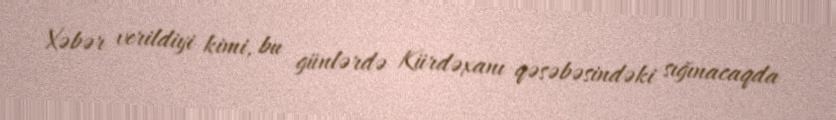
Xəbər verildiyi kimi, bu günlərdə Kürdəxanı qəsəbəsindəki sığınacaqda